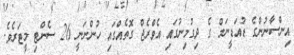
އިންސާނުންގެ ޑުއަޑީނަމް ގެ ދިގުމިނުގައި އެވްރެޖް ގޮތެއްގައި ހުންނަނީ 26 ސެންޓި މީޓަރެވެ.